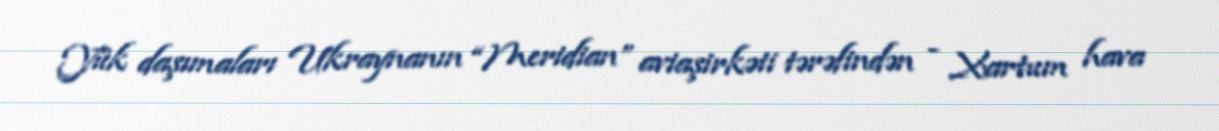
Yük daşımaları Ukraynanın “Meridian” aviaşirkəti tərəfindən - Xartum hava